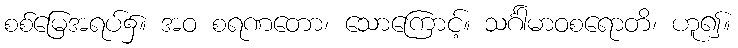
စစ်မြေအရပ်၌။ အဝ စရဏတော၊ သောကြောင့်။ သင်္ဂါမာဝစရောတိ၊ ဟူ၍။